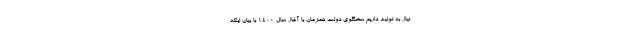
نیاز به تولید داریم سخنگوی دولت همزمان با آغاز سال ۱۴۰۰ با بیان اینکه